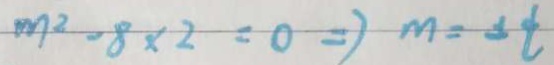
m ^ { 2 } - 8 \times 2 = 0 \Rightarrow m = \pm t